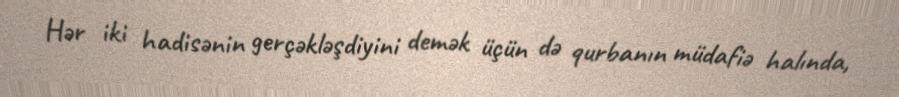
Hər iki hadisənin gerçəkləşdiyini demək üçün də qurbanın müdafiə halında,